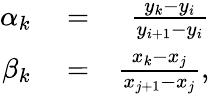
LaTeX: \begin{array}{rlr}{\alpha_{k}}&{{}=}&{\frac{y_{k}-y_{i}}{y_{i+1}-y_{i}}}\\ {\beta_{k}}&{{}=}&{\frac{x_{k}-x_{j}}{x_{j+1}-x_{j}},}\end{array}